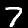
Label: 7